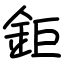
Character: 鉅